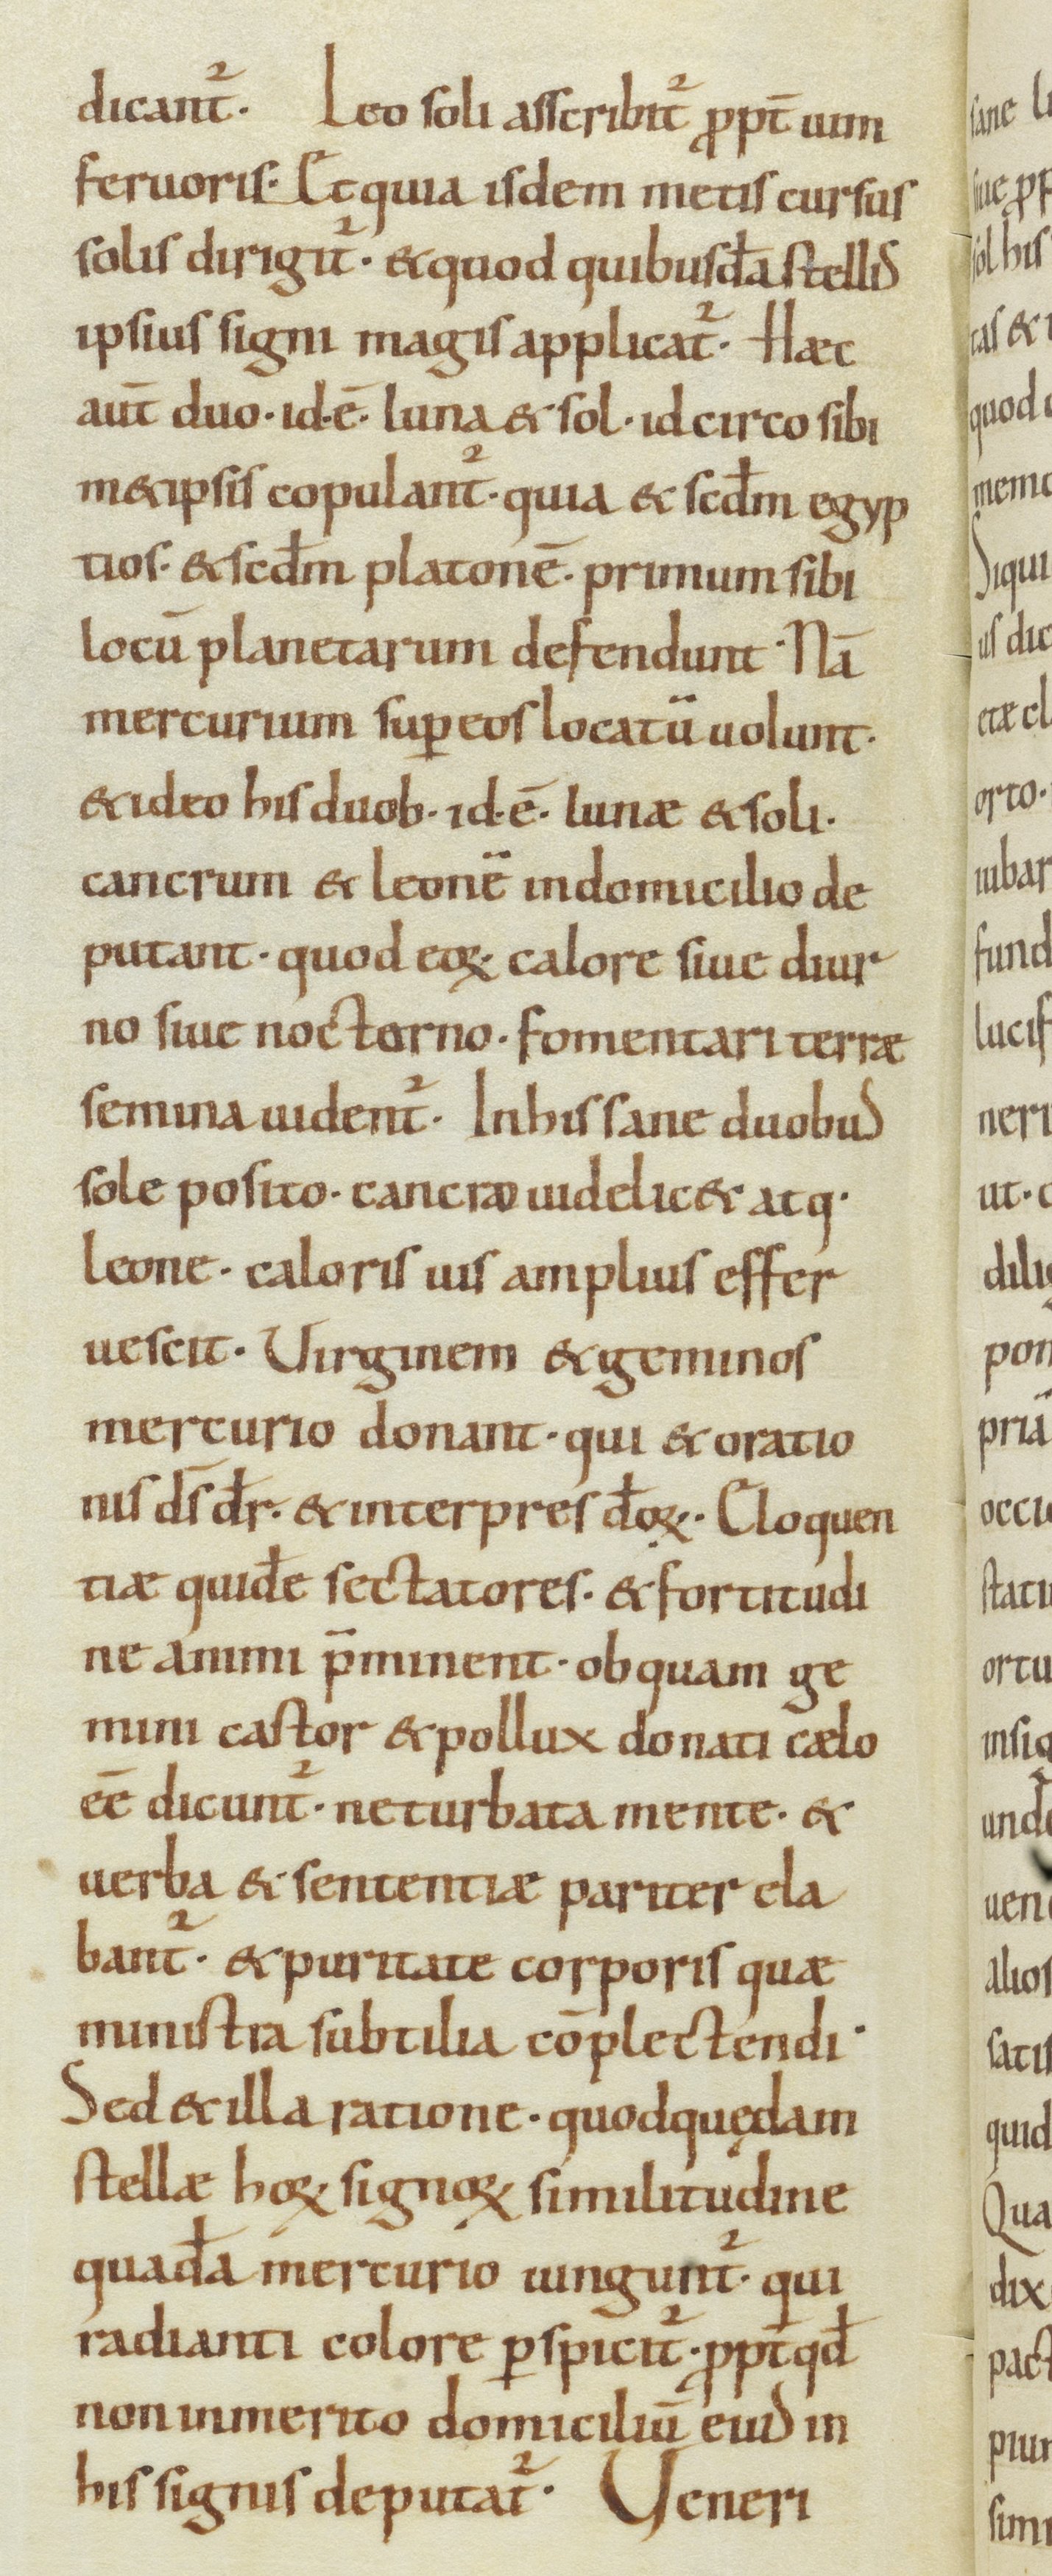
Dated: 1000–1099